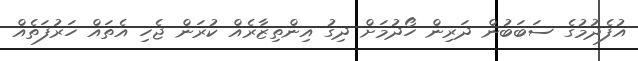
އުފެދުމުގެ ސަބަބުން ދަރިން ހޯދުމަށް ދިގު އިންތިޒާރެއް ކުރަން ޖެހި އެތައް ހަރުފަތެއް